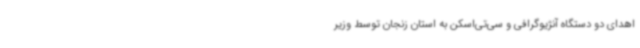
اهدای دو دستگاه آنژیوگرافی و سی‌تی‌اسکن به استان زنجان توسط وزیر